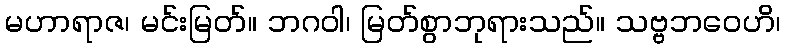
မဟာရာဇ၊ မင်းမြတ်။ ဘဂဝါ၊ မြတ်စွာဘုရားသည်။ သဗ္ဗဘဝေဟိ၊